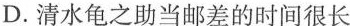
D. 清水龟之助当邮差的时间很长